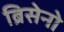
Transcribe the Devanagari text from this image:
ब्रिसेनो